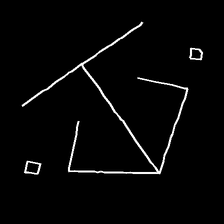
Glyph: earth